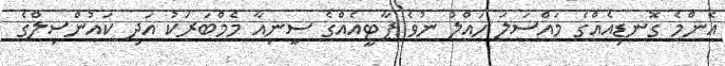
އެންމެ ގޮނޑިއެއްގެ މައްސަލަ ހައްލު ނުވެ ޕާޓީއެއްގެ ސީނިއާ މެމްބަރަކު އަދި ކައުންސިލްގެ